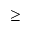
\geq